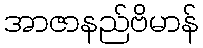
အာဇာနည်ဗိမာန်